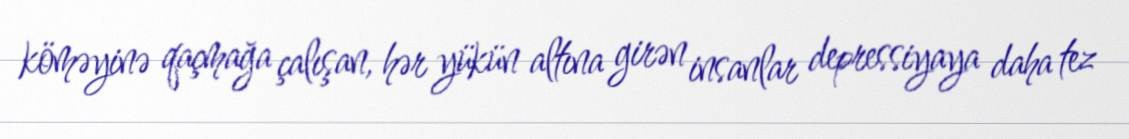
köməyinə qaçmağa çalışan, hər yükün altına girən insanlar depressiyaya daha tez